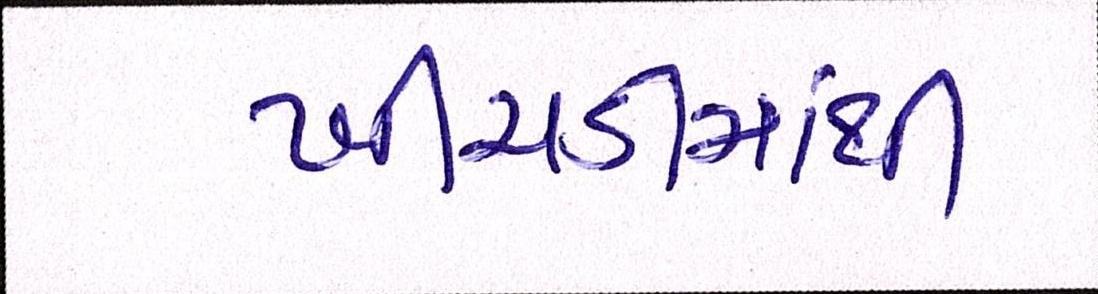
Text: ખીચડીમાંથી